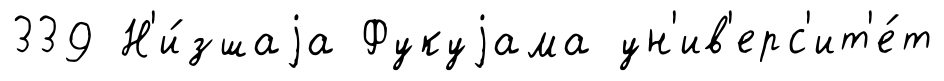
339 Н'и́зшаjа Фукуjама ун'ив'ерс'ит'е́т